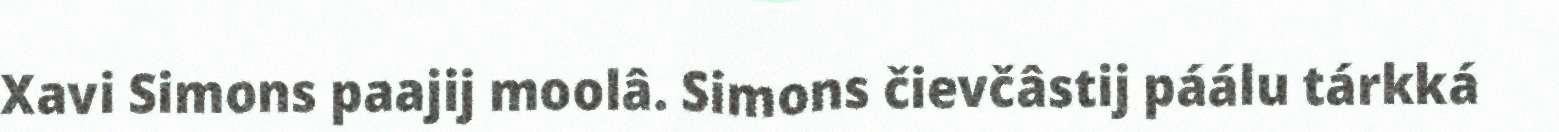
Xavi Simons paajij moolâ. Simons čievčâstij páálu tárkká